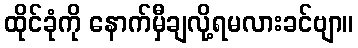
ထိုင်ခုံကို နောက်မှီချလို့ရမလားခင်ဗျာ။